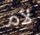
لأم